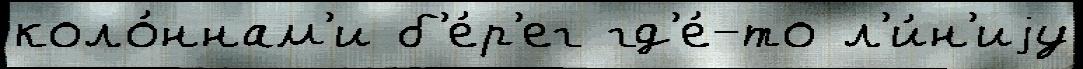
коло́ннам'и б'е́р'ег гд'е́-то л'и́н'иjу